Vaccination in Bombay 1856-1862 - 1856-1862
Year: 1856
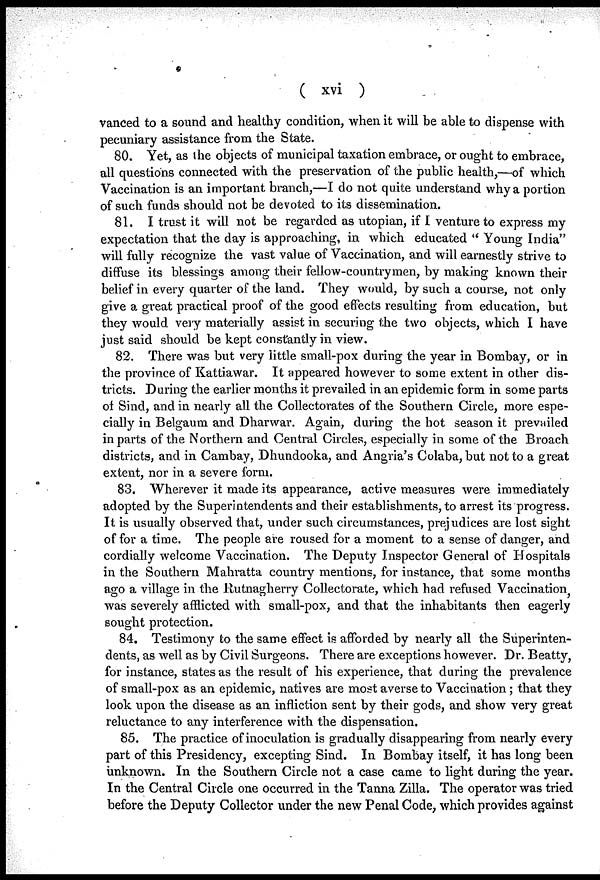
( xvi )
vanced to a sound and healthy condition, when it will be able to dispense with
pecuniary assistance from the State.
80. Yet. as the objects of municipal taxation embrace, or ought to embrace,
all questions connected with the preservation of the public health,—of which
Vaccination is an important branch,—I do not quite understand why a portion
of such funds should not be devoted to its dissemination.
81. I trust it will not be regarded as utopian, if I venture to express my
expectation that the day is approaching, in which educated " Young India"
will fully recognize the vast value of Vaccination, and will earnestly strive to
diffuse its blessings among their fellow-countrymen, by making known their
belief in every quarter of the land. They would, by such a course, not only
give a great practical proof of the good effects resulting from education, but
they would very materially assist in securing the two objects, which I have
just said should be kept constantly in view.
82. There was but very little small-pox during the year in Bombay, or in
the province of Kattiawar. It appeared however to some extent in other dis-
tricts. During the earlier months it prevailed in an epidemic form in some parts
of Sind, and in nearly all the Collectorates of the Southern Circle, more espe-
cially in Belgaum and Dharwar. Again, during the hot season it prevailed
in parts of the Northern and Central Circles, especially in some of the Broach
districts, and in Cambay, Dhundooka, and Angria's Colaba, but not to a great
extent, nor in a severe form.
83. Wherever it made its appearance, active measures were immediately
adopted by the Superintendents and their establishments, to arrest its progress.
It is usually observed that, under such circumstances, prejudices are lost sight
of for a time. The people are roused for a moment to a sense of danger, and
cordially welcome Vaccination. The Deputy Inspector General of Hospitals
in the Southern Mahratta country mentions, for instance, that some months
ago a village in the Rutnagherry Collectorate, which had refused Vaccination,
was severely afflicted with small-pox, and that the inhabitants then eagerly
sought protection.
84. Testimony to the same effect is afforded by nearly all the Superinten-
dents, as well as by Civil Surgeons. There are exceptions however. Dr. Beatty,
for instance, states as the result of his experience, that during the prevalence
of small-pox as an epidemic, natives are most averse to Vaccination; that they
look upon the disease as an infliction sent by their gods, and show very great
reluctance to any interference with the dispensation.
85. The practice of inoculation is gradually disappearing from nearly every
part of this Presidency, excepting Sind. In Bombay itself, it has long been
unknown. In the Southern Circle not a case came to light during the year.
In the Central Circle one occurred in the Tanna Zilla. The operator was tried
before the Deputy Collector under the new Penal Code, which provides against